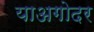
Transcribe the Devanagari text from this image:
याअगोदर